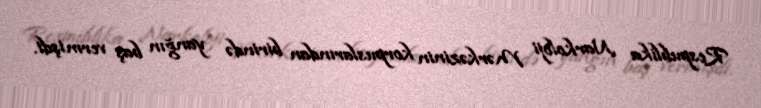
Respublika Narkoloji Mərkəzinin korpuslarından birində yanğın baş vermişdi.